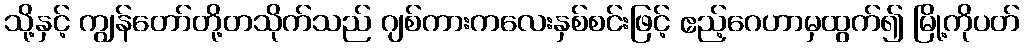
သို့နှင့် ကျွန်တော်တို့တသိုက်သည် ဂျစ်ကားကလေးနှစ်စင်းဖြင့် ဧည့်ဂေဟာမှထွက်၍ မြို့ကိုပတ်